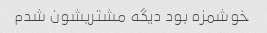
خوشمزه بود دیگه مشتریشون شدم